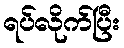
ရပ်လိုက်ပြီး